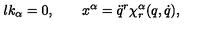
\l { k } _ { \alpha } = 0 , \qquad x ^ { \alpha } = \ddot { q } ^ { r } \chi _ { r } ^ { \alpha } ( q , \dot { q } ) ,